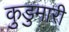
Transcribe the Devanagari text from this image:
कुडुमारी